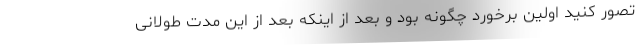
تصور کنید اولین برخورد چگونه بود و بعد از اینکه بعد از این مدت طولانی